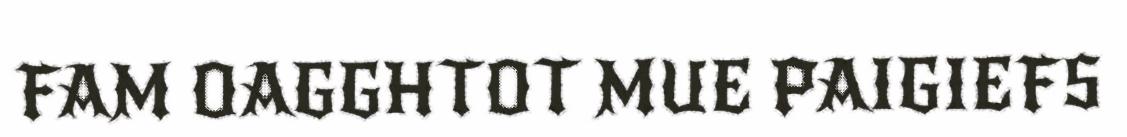
FAM OAGGHTOT MUE PAIGIEFS